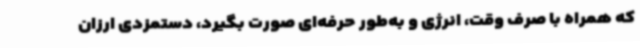
که همراه با صرف وقت، انرژی و به‌طور حرفه‌ای صورت بگیرد، دستمزدی ارزان